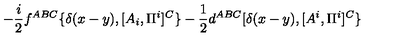
- { \frac { i } { 2 } } f ^ { A B C } \{ \delta ( x - y ) , [ A _ { i } , \Pi ^ { i } ] ^ { C } \} - { \frac { 1 } { 2 } } d ^ { A B C } [ \delta ( x - y ) , [ A ^ { i } , \Pi ^ { i } ] ^ { C } \}